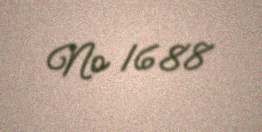
№ 1688